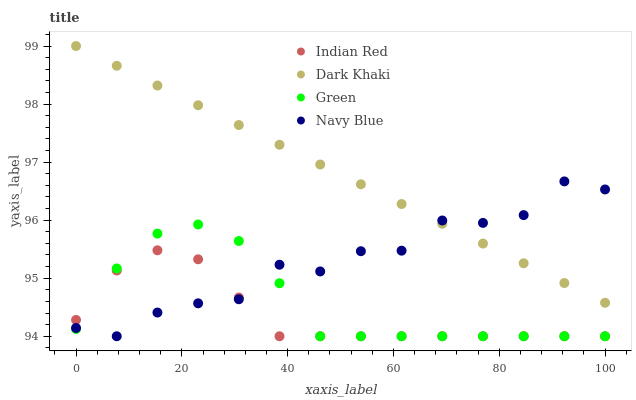
| xaxis_label | Indian Red | Dark Khaki | Green | Navy Blue |
 | --- | --- | --- | --- | --- |
 | 0 | 94.3 | 99 | 94.1 | 94.1 |
 | 7.69 | 95.1 | 98.7 | 95.2 | 94 |
 | 15.4 | 95.5 | 98.3 | 95.8 | 94.4 |
 | 23.1 | 95.3 | 98 | 95.9 | 94.6 |
 | 30.8 | 94.7 | 97.6 | 95.6 | 94.6 |
 | 38.5 | 94 | 97.3 | 94.9 | 95.2 |
 | 46.2 | 94 | 97 | 94 | 95.1 |
 | 53.8 | 94 | 96.6 | 94 | 95.5 |
 | 61.5 | 94 | 96.3 | 94 | 95.5 |
 | 69.2 | 94 | 95.9 | 94 | 96 |
 | 76.9 | 94 | 95.6 | 94 | 96 |
 | 84.6 | 94 | 95.3 | 94 | 96.1 |
 | 92.3 | 94 | 94.9 | 94 | 96.7 |
 | 100 | 94 | 94.6 | 94 | 96.5 |